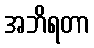
အဘိရတာ